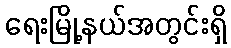
ရေးမြို့နယ်အတွင်းရှိ